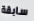
سابقة